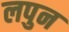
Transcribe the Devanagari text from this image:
लपुन